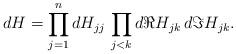
LaTeX: \begin{align*} dH = \prod_{j=1}^n dH_{jj} \, \prod_{j < k} d \Re H_{jk} \, d\Im H_{jk}.\end{align*}